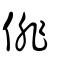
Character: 俳